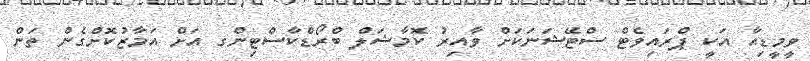
ވީމީޑިއާ އަކީ ޕްރައިވެޓް ސްޓޭޝަނަކަށް ވާއިރު ކޮމާޝަލް ބްރޯޑްކާސްޓިންގ އަށް އަމާޒުކޮށްގެން ތަން